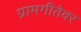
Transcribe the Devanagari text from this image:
ग्रामगीतेवर